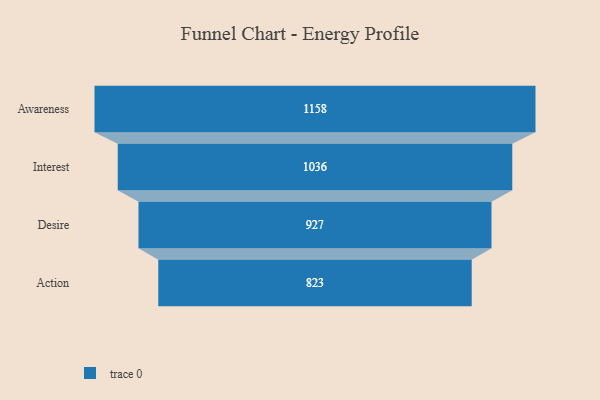
{"axis": {"x": "Stage", "y": "Value"}, "legend": [""], "data": [{"x": "Awareness", "y": 1158.0, "type": ""}, {"x": "Interest", "y": 1036.0, "type": ""}, {"x": "Desire", "y": 927.0, "type": ""}, {"x": "Action", "y": 823.0, "type": ""}]}